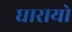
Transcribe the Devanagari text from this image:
धारायो